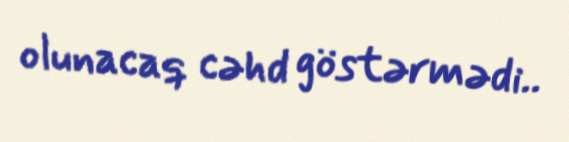
olunacaq cəhd göstərmədi..